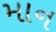
માન